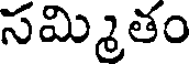
సమ్మితం